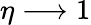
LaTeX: \eta\longrightarrow 1